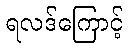
ရလဒ်ကြောင့်